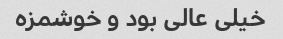
خیلی عالی بود و خوشمزه